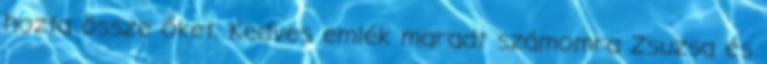
hozta össze őket. Kedves emlék maradt számomra Zsuzsa és